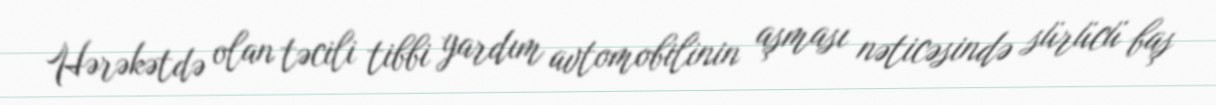
Hərəkətdə olan təcili tibbi yardım avtomobilinin aşması nəticəsində sürücü baş